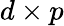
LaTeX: d\times p